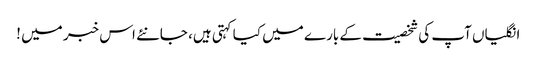
انگلیاں آپ کی شخصیت کے بارے میں کیا کہتی ہیں، جانئے اس خبر میں !